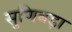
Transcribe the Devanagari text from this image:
सुणिबड़ा